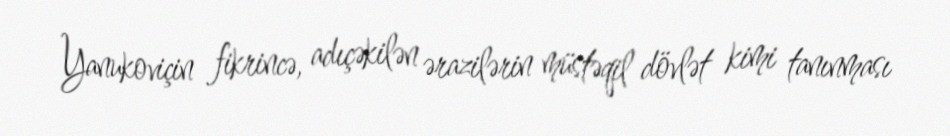
Yanukoviçin fikrincə, adıçəkilən ərazilərin müstəqil dövlət kimi tanınması